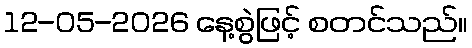
12-05-2026 နေ့စွဲဖြင့် စတင်သည်။